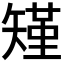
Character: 𮀆